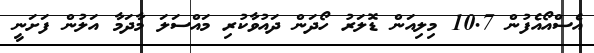
އެސްއޯއެފުން 10.7 މިލިއަން ޑޮލަރު ހޯދަން ދައުވާކުރި މައްސަލަ މާދަމާ އަލުން ފަށަނީ